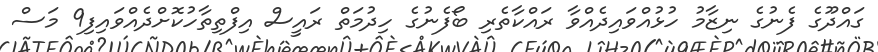
ގައްދޫގެ ފެނުގެ ނިޒާމު ހުޅުއްވައިދެއްވާ ރައްކާތެރި ބޯފެނުގެ ހިދުމަތް ރައީސް އިފްތިތާހުކޮށްދެއްވައިފި9 މަސް